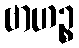
ဗာဟဉ္စ